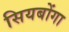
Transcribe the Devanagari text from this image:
सियबोंगा